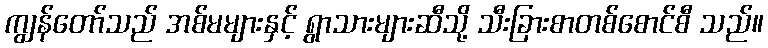
ကျွန်တော်သည် အစ်မများနှင့် ရွာသားများဆီသို့ သီးခြားစာတစ်စောင်စီ သည်။